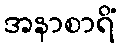
အနာစာရိံ